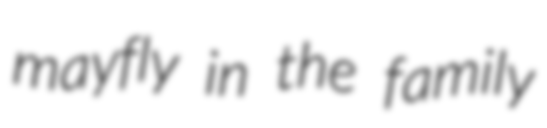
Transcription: mayfly in the family